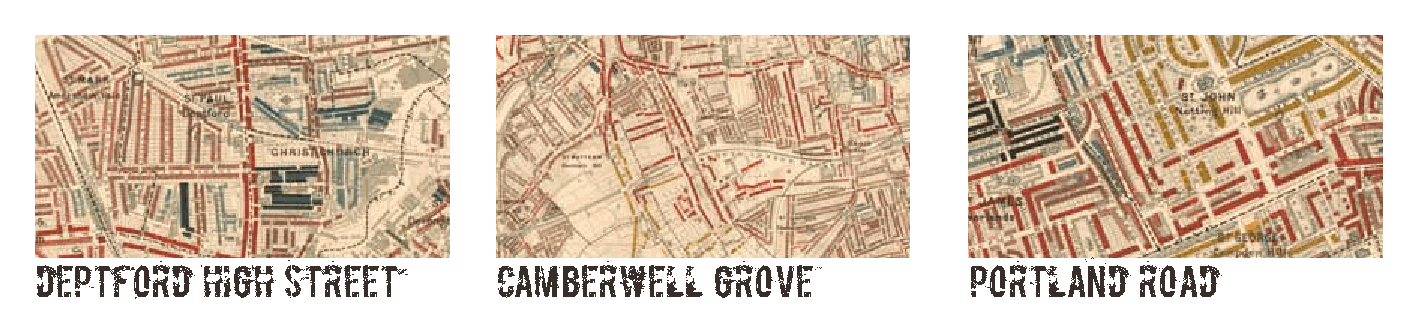
Deptford   High  Street        Camberwell    Grove            Portland   Road